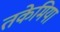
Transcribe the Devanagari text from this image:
तकेमिया